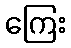
ကြေး